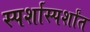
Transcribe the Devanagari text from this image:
स्पर्शास्पर्शांत